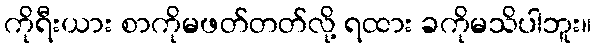
ကိုရီးယား စာကိုမဖတ်တတ်လို့ ရထား ခကိုမသိပါဘူး။